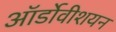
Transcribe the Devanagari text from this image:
ऑर्डोवीशयन